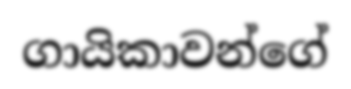
ගායිකාවන්ගේ